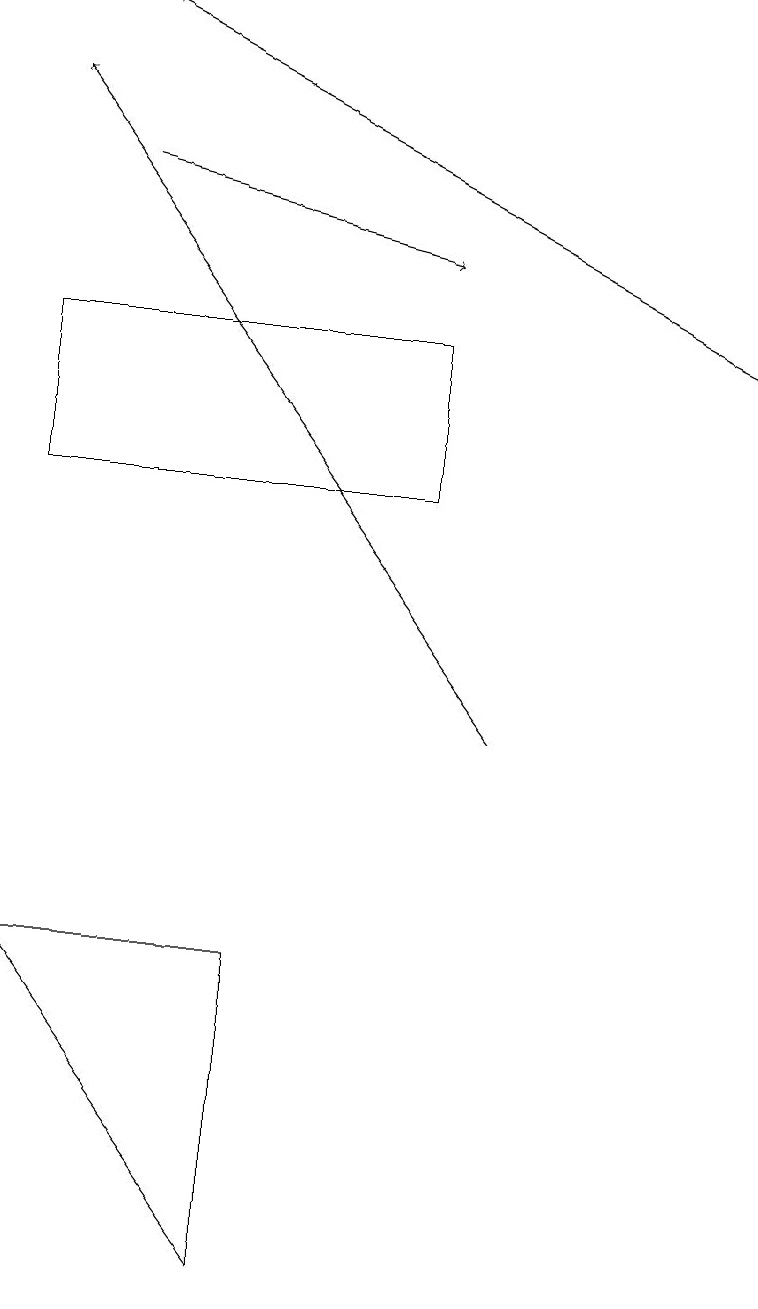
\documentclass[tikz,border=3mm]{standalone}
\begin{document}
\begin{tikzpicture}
\draw[->] (1,17) -- (5,16);
\draw[->] (6,10) -- (0,18);
\draw (3,3) -- (0,7) -- (3,7) -- cycle;
\draw[->] (9,15) -- (1,19);
\draw (0,13) rectangle (5,15);
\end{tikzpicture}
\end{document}